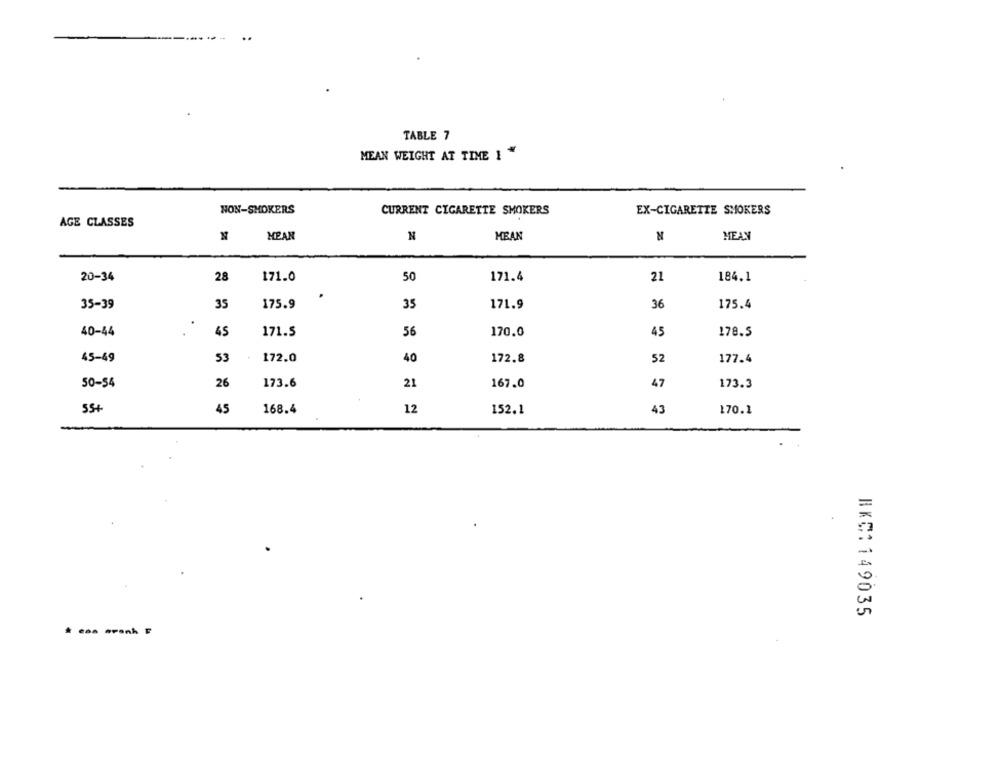
TABLE 7
MEAN WEIGHT AT TIME 1 "
NON-SMOKERS
CURRENT CIGARETTE SMOKERS
EX-CIGARETTE SMOKERS
AGE CLASSES
MEAN
MEAN
N
MEAN
20-34
28
171.0
50
171.4
21
184.1
.
175.9
35
175.4
35-39
35
171.9
36
.
40-44
45
171.5
56
170.0
45
178.5
45-49
53
172.0
40
172.8
52
177.4
50-54
26
173.6
21
167.0
47
173.3
55+
45
168.4
12
152.1
43
170.1
RKC:149035